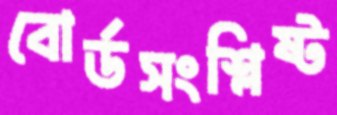
বোর্ডসংশ্লিষ্ট